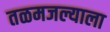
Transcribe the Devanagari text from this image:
तळमजल्याला